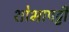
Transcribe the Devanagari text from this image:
शोभापट्टी